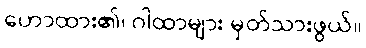
ဟောထား၏၊ ဂါထာများ မှတ်သားဖွယ်။